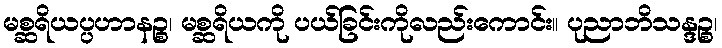
မစ္ဆရိယပ္ပဟာနဉ္စ၊ မစ္ဆရိယကို ပယ်ခြင်းကိုလည်းကောင်း။ ပုညာဘိသန္ဒဉ္စ၊